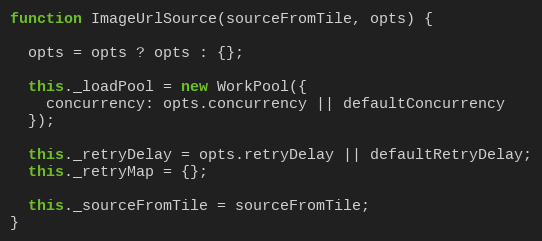
Language: JavaScript
function ImageUrlSource(sourceFromTile, opts) {

  opts = opts ? opts : {};

  this._loadPool = new WorkPool({
    concurrency: opts.concurrency || defaultConcurrency
  });

  this._retryDelay = opts.retryDelay || defaultRetryDelay;
  this._retryMap = {};

  this._sourceFromTile = sourceFromTile;
}